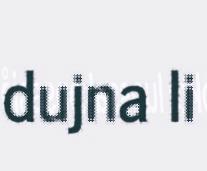
dujna li